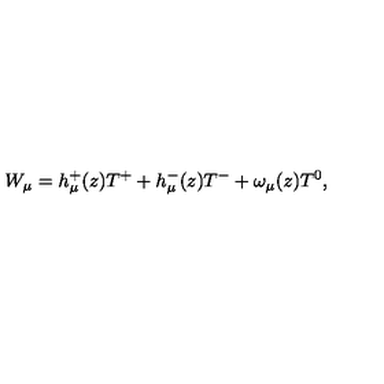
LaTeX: W _ { \mu } = h _ { \mu } ^ { + } ( z ) T ^ { + } + h _ { \mu } ^ { - } ( z ) T ^ { - } + \omega _ { \mu } ( z ) T ^ { 0 } ,